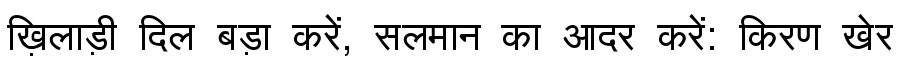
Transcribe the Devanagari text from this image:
ख़िलाड़ी दिल बड़ा करें, सलमान का आदर करें: किरण खेर